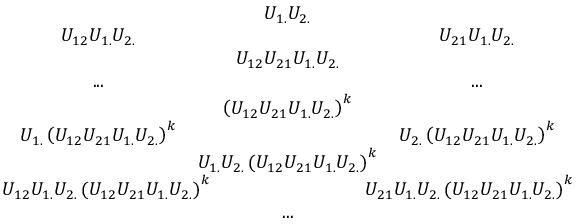
\begin{array} { c c c c c } { { } } & { { U _ { 1 . } U _ { 2 . } } } \\ { { U _ { 1 2 } U _ { 1 . } U _ { 2 . } } } & { { } } & { { U _ { 2 1 } U _ { 1 . } U _ { 2 . } } } \\ { { } } & { { U _ { 1 2 } U _ { 2 1 } U _ { 1 . } U _ { 2 . } } } \\ { { . . . } } & { { } } & { { . . . } } \\ { { } } & { { \left( U _ { 1 2 } U _ { 2 1 } U _ { 1 . } U _ { 2 . } \right) ^ { k } } } & { { } } \\ { { U _ { 1 . } \left( U _ { 1 2 } U _ { 2 1 } U _ { 1 . } U _ { 2 . } \right) ^ { k } } } & { { } } & { { U _ { 2 . } \left( U _ { 1 2 } U _ { 2 1 } U _ { 1 . } U _ { 2 . } \right) ^ { k } } } \\ { { } } & { { \! \! \! \! \! U _ { 1 . } U _ { 2 . } \left( U _ { 1 2 } U _ { 2 1 } U _ { 1 . } U _ { 2 . } \right) ^ { k } \! \! \! \! \! } } & { { } } \\ { { U _ { 1 2 } U _ { 1 . } U _ { 2 . } \left( U _ { 1 2 } U _ { 2 1 } U _ { 1 . } U _ { 2 . } \right) ^ { k } \! \! \! \! \! } } & { { } } & { { \! \! \! \! \! U _ { 2 1 } U _ { 1 . } U _ { 2 . } \left( U _ { 1 2 } U _ { 2 1 } U _ { 1 . } U _ { 2 . } \right) ^ { k } } } \\ { { } } & { { . . . } } \end{array}